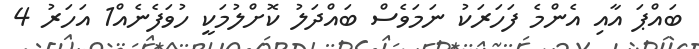
ބައްޕަ އާއި އެންމެ ފަހަރަކު ނަމަވެސް ބައްދަލު ކޮށްލުމަކީ ހުވަފެނެއް1 އަހަރު 4